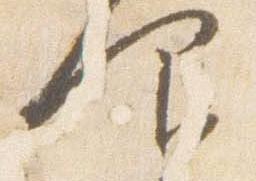
仰